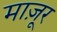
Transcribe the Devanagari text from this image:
माज़ूर